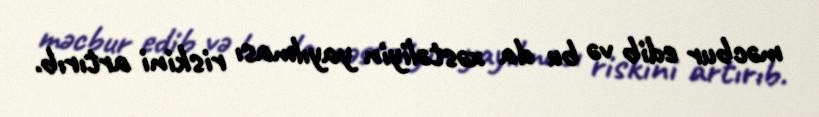
məcbur edib və bu da xəstəliyin yayılması riskini artırıb.